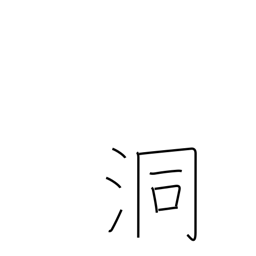
Meaning: den